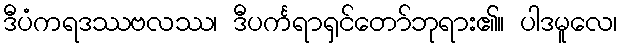
ဒီပံကရဒဿဗလဿ၊ ဒီပင်္ကရာရှင်တော်ဘုရား၏။ ပါဒမူလေ၊